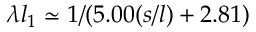
\lambda l _ { 1 } \simeq 1 / ( 5 . 0 0 ( s / l ) + 2 . 8 1 )